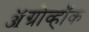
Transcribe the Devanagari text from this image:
ॲग्रोव्हॉक